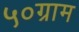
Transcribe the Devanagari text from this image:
५०ग्राम